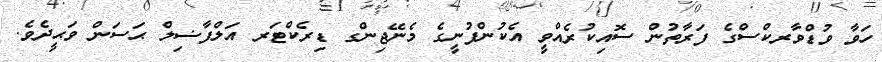
ހަވާ ވުޑްވާރކްސްގެ ފަރާތުން ސޮއިކުރެއްވީ އެކުންފުނީގެ މެނޭޖިންގ ޑިރެކްޓަރ އަލްފާޟިލް ޙަސަން ވަޙީދެވެ.